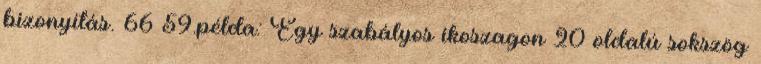
bizonyítás. 66 59.példa: Egy szabályos ikoszagon 20 oldalú sokszög